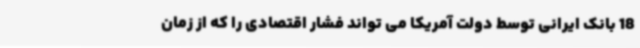
18 بانک ایرانی توسط دولت آمریکا می تواند فشار اقتصادی را که از زمان